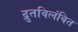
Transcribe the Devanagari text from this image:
द्रुतविलंबित